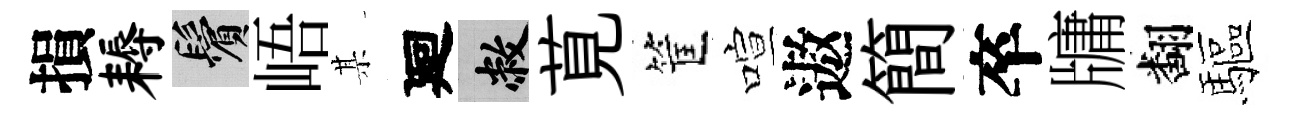
損耨鬢峿某廻敝莧筐喧遨簡卒牗翻驅